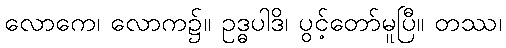
လောကေ၊ လောက၌။ ဥဒ္ဓပါဒိ၊ ပွင့်တော်မူပြီ။ တဿ၊